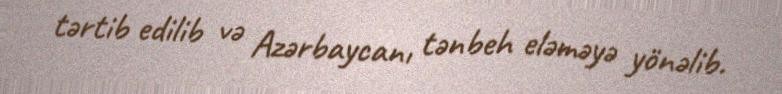
tərtib edilib və Azərbaycanı tənbeh eləməyə yönəlib.